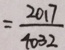
= \frac { 2 0 1 7 } { 4 0 3 2 }